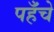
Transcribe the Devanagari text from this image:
पहँचे